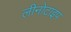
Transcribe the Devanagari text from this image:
लीनोटाइप